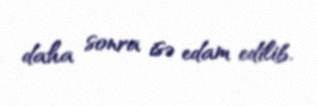
daha sonra isə edam edilib.